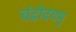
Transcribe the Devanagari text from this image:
चंद्रोदयमु